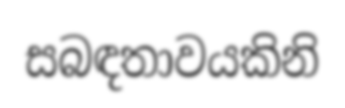
සබඳතාවයකිනි